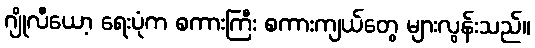
ဂျိုလီယော့ ရေးပုံက စကားကြီး စကားကျယ်တွေ များလွန်းသည်။